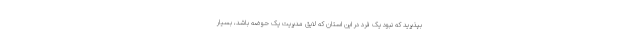
بپذیرید که نبود یک فرد در این استان که لایق مدیریت یک حوضه باشد، بسیار